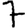
Digit: 7